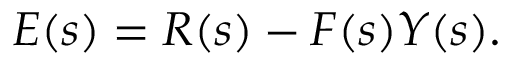
E ( s ) = R ( s ) - F ( s ) Y ( s ) .